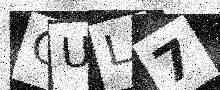
Text: GUL7